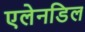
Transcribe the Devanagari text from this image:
एलेनडिल